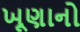
ખૂણાનો